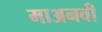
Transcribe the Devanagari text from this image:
माअनवी